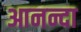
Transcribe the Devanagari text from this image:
आनन्दा